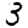
Digit: 3